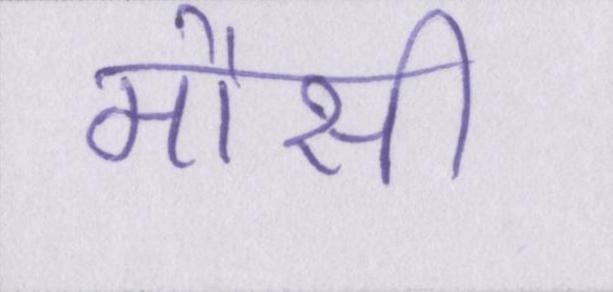
मौसी